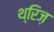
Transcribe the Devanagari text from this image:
थ्रिज़